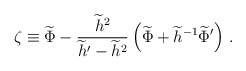
\begin{align*}\zeta \equiv \widetilde{\Phi} - {\widetilde{h}^2 \over \widetilde{h}'-\widetilde{h}^2} \left( \widetilde\Phi + \widetilde{h}^{-1}\widetilde{\Phi}' \right) \, .\end{align*}